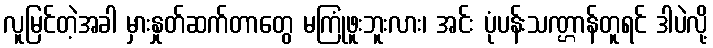
လူမြင်တဲ့အခါ မှားနှုတ်ဆက်တာတွေ မကြုံဖူးဘူးလား၊ အင်း ပုံပန်းသဏ္ဌာန်တူရင် ဒါပဲလို့